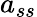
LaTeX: a_{ss}